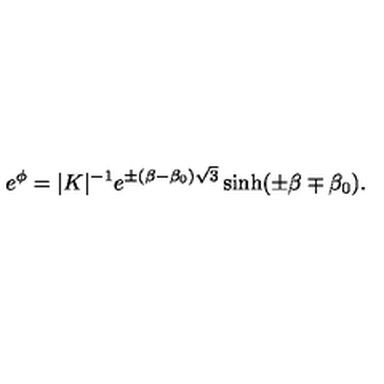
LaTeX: e ^ { \phi } = \vert K \vert ^ { - 1 } e ^ { \pm ( \beta - \beta _ { 0 } ) \sqrt { 3 } } \sinh ( \pm \beta \mp \beta _ { 0 } ) .